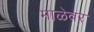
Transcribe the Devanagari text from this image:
माळेवर